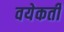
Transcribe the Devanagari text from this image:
वयेकती